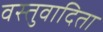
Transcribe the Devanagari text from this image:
वस्तुवादिता